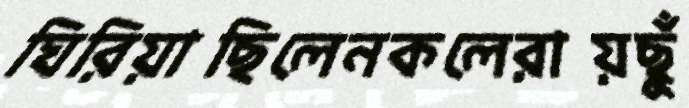
ঘিরিয়াছিলেনকলেরায়ছুঁ